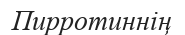
Пирротиннің